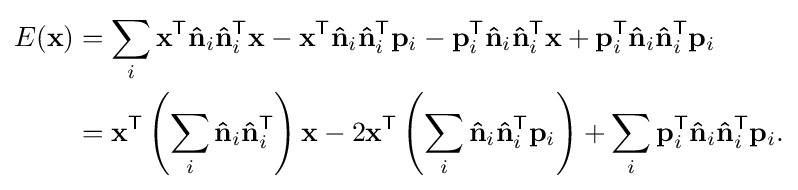
{\begin{aligned}E(\mathbf {x} )&=\sum _{i}\mathbf {x} ^{\mathsf {T}}\mathbf {\hat {n}} _{i}\mathbf {\hat {n}} _{i}^{\mathsf {T}}\mathbf {x} -\mathbf {x} ^{\mathsf {T}}\mathbf {\hat {n}} _{i}\mathbf {\hat {n}} _{i}^{\mathsf {T}}\mathbf {p} _{i}-\mathbf {p} _{i}^{\mathsf {T}}\mathbf {\hat {n}} _{i}\mathbf {\hat {n}} _{i}^{\mathsf {T}}\mathbf {x} +\mathbf {p} _{i}^{\mathsf {T}}\mathbf {\hat {n}} _{i}\mathbf {\hat {n}} _{i}^{\mathsf {T}}\mathbf {p} _{i}\\&=\mathbf {x} ^{\mathsf {T}}\left(\sum _{i}\mathbf {\hat {n}} _{i}\mathbf {\hat {n}} _{i}^{\mathsf {T}}\right)\mathbf {x} -2\mathbf {x} ^{\mathsf {T}}\left(\sum _{i}\mathbf {\hat {n}} _{i}\mathbf {\hat {n}} _{i}^{\mathsf {T}}\mathbf {p} _{i}\right)+\sum _{i}\mathbf {p} _{i}^{\mathsf {T}}\mathbf {\hat {n}} _{i}\mathbf {\hat {n}} _{i}^{\mathsf {T}}\mathbf {p} _{i}.\end{aligned}}